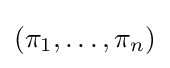
(\pi _{1},\ldots ,\pi _{n})